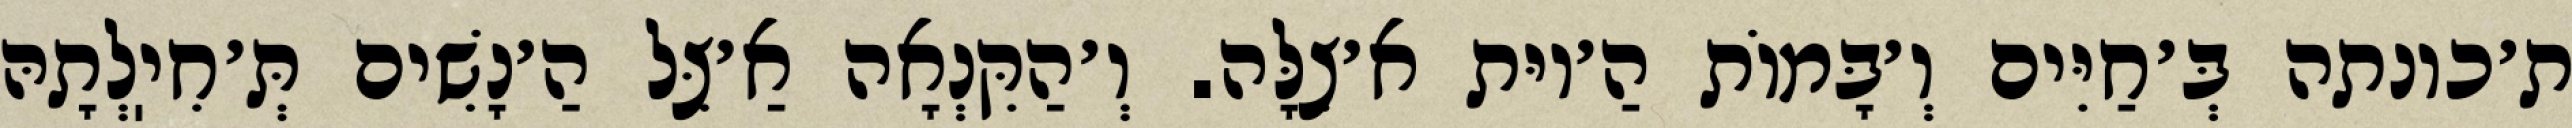
ת׳כונתה בְּ׳חַיִּים וְ׳בָּמוֹת הַ׳יוּת א׳צִלָּה. וְ׳הַקִּנְאָה אַ׳צֵּל הַ׳נָשִׁים תְּ׳חִיֽלְתָהּ